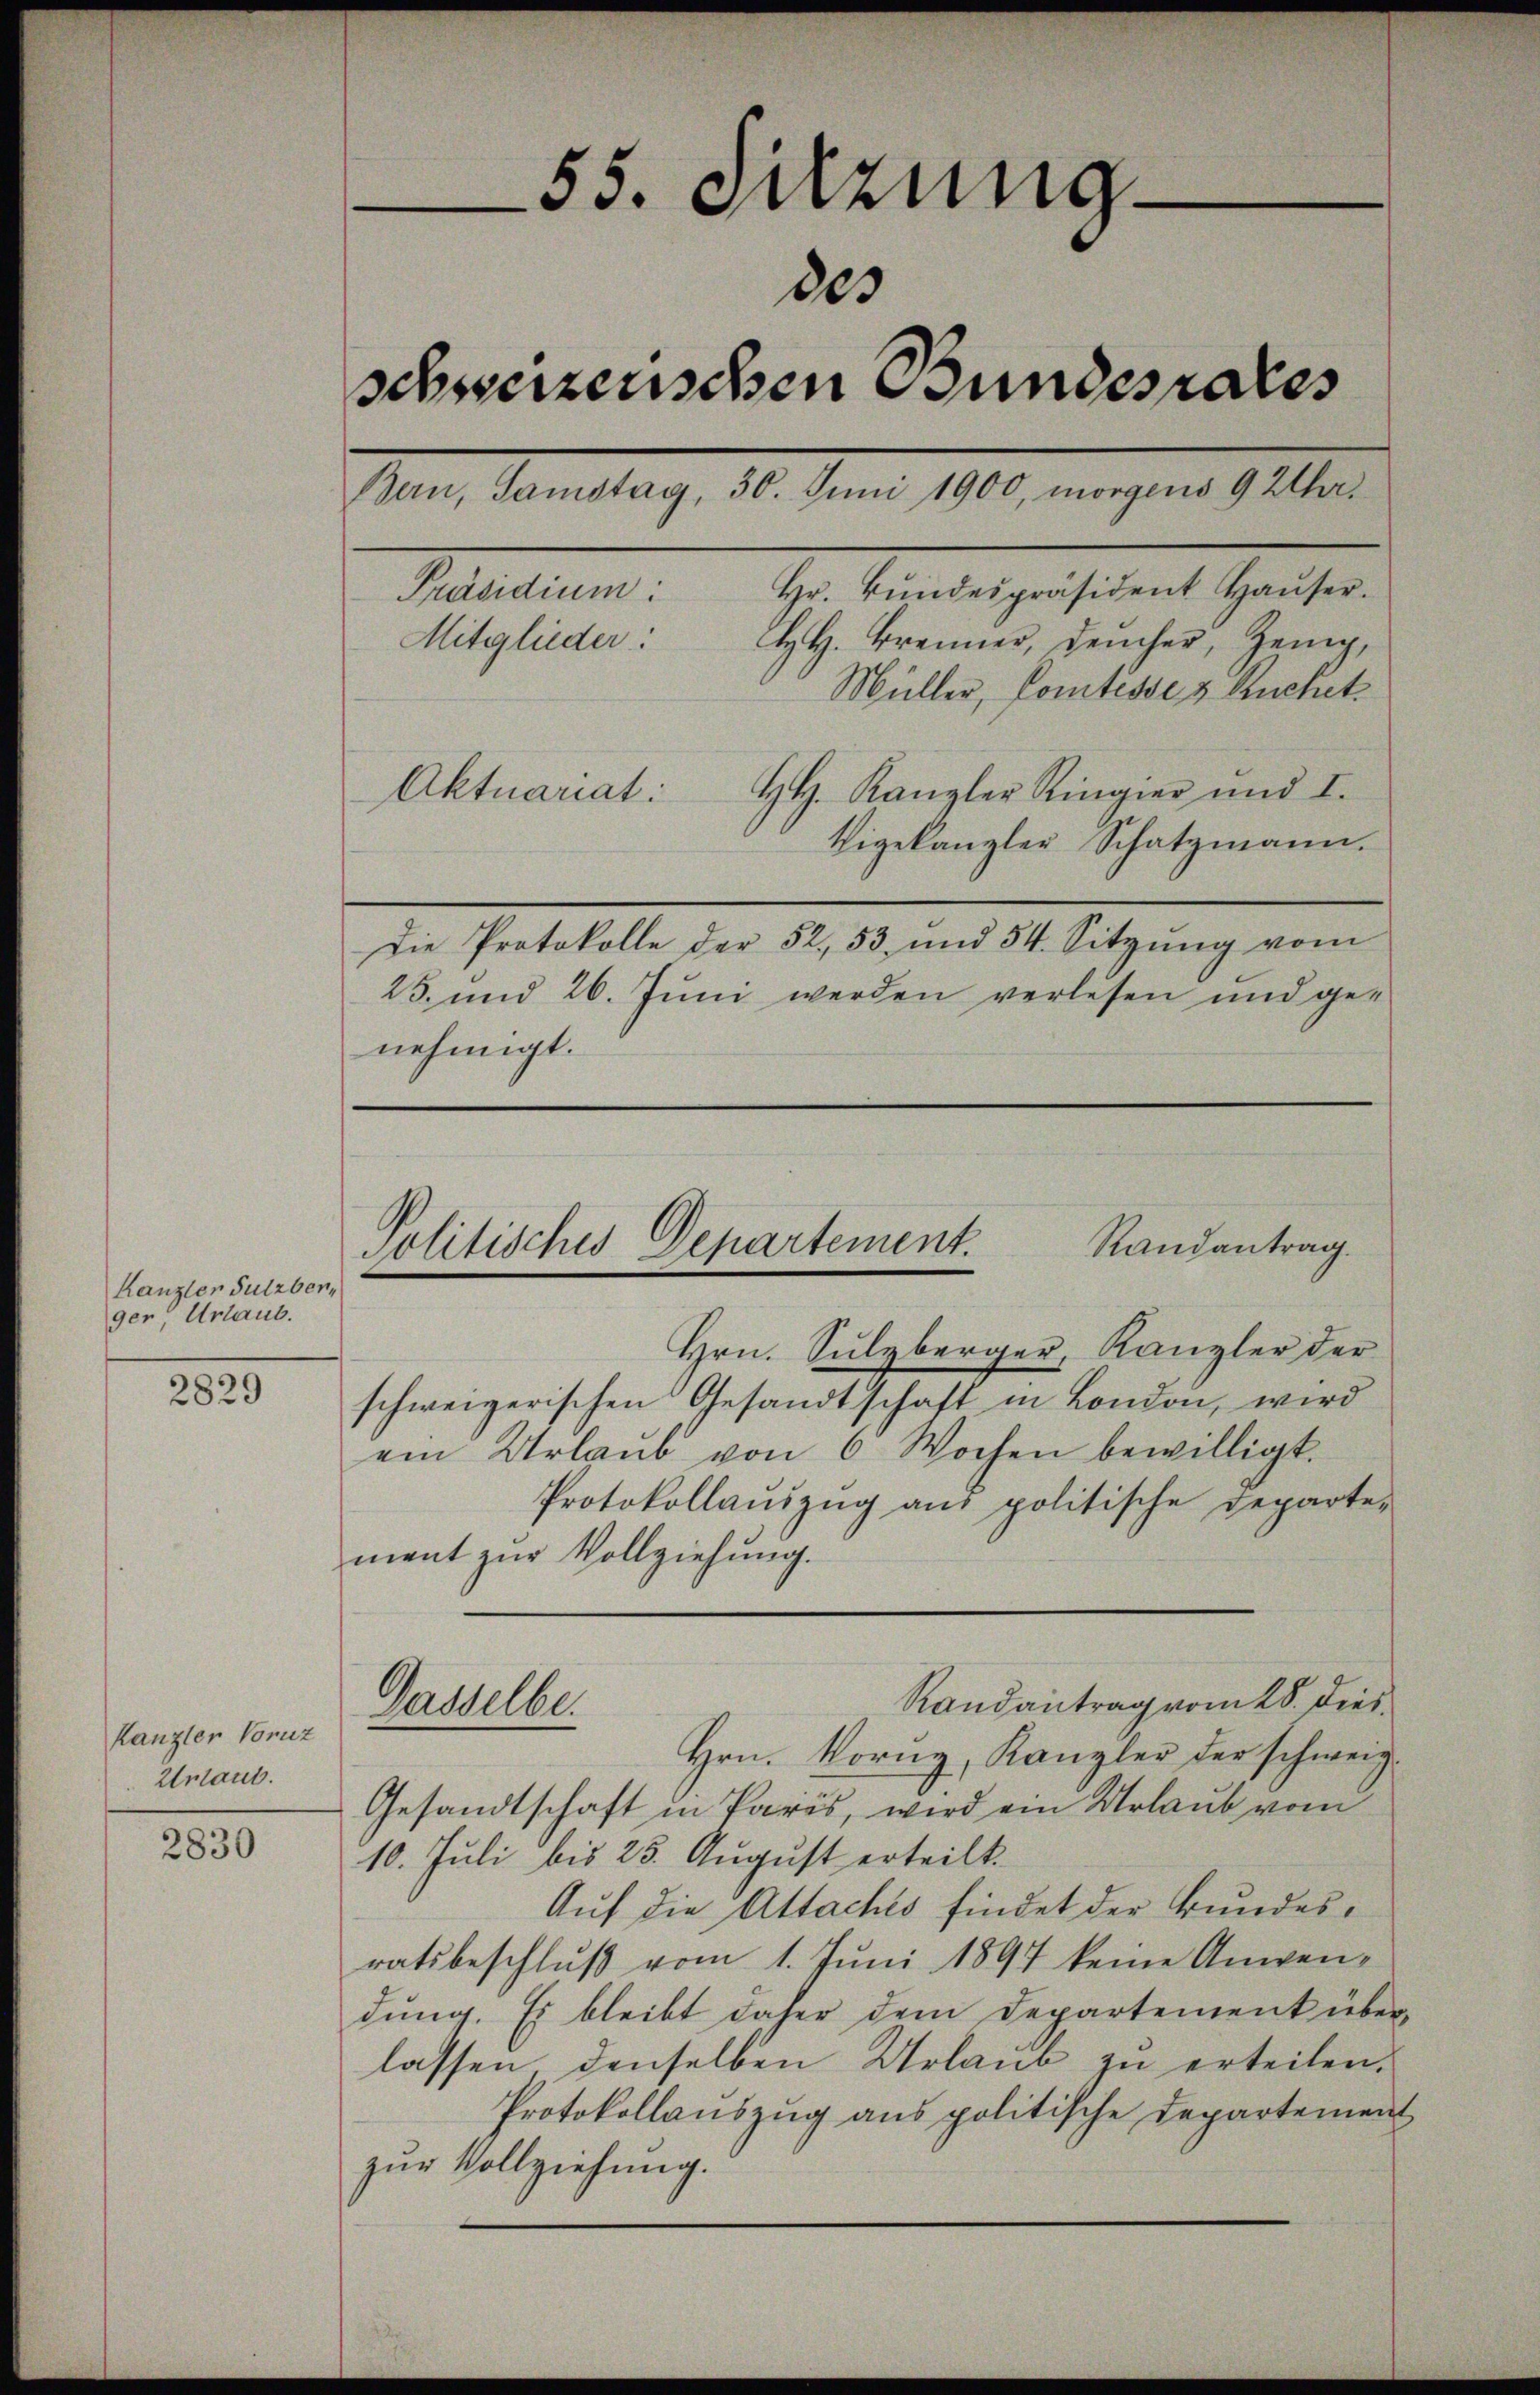
Kanzler Sulzber
ger, Urlaub.

2829

Kanzler Voruz
Untaut.

2830

85. oderung
des
schweizenschen Bundesrates
Bern, Samstag, 30. Juni 1900, morgens 9 Uhr¬
Präsidium: Hr. Bŭndespräsident Haŭser.
HH. Brenner, Deucher, Zeug,
Mitglieder:
Müller, Comtesse & Ruchet.
HH. Kanzler Ringier und I.
Aktuariat:
thigekanzler Schatzmann.

Die Protokolle der 52, 53 und 54. Sitzŭng vom
25. und 26. Juni werden verlesen und genehmigt.

Randantrag.
Politisches Departement.

Gasselbe.

Hrn. Sulzberger, Kanzler der
schweizerischen Gesandtschaft in London, wird
ein Urlaŭb von 6 Wochen bewilligt.
Protokollanzŭg aŭs politische Departe-
ment zur Vollziehung.
Randantrag vom 28. dies
Hrn. Korny, Kanzler der schweiz.
Gesandtschaft in Paris, wird ein Urlaub vom
10. Juli bis 25. August erteilt.
Auf die Attachés findet der Bundesratsbeschluß vom 1. Juni 1897 keine Anwendung. Es bleibt daher dem Departement überlassen denselben Urlaub zu erteilen.
Protokollauszug aus politische Departeien
zur Vollziehung.